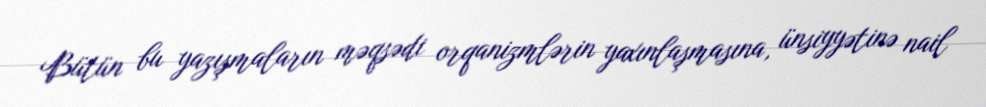
Bütün bu yazışmaların məqsədi orqanizmlərin yaxınlaşmasına, ünsiyyətinə nail